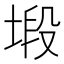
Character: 塅